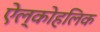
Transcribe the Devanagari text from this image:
ऐल्कोहलिक